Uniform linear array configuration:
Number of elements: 48
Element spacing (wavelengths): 1
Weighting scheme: exponential
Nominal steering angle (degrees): -60
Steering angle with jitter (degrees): -58.0
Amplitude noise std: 0.05
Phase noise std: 0.05

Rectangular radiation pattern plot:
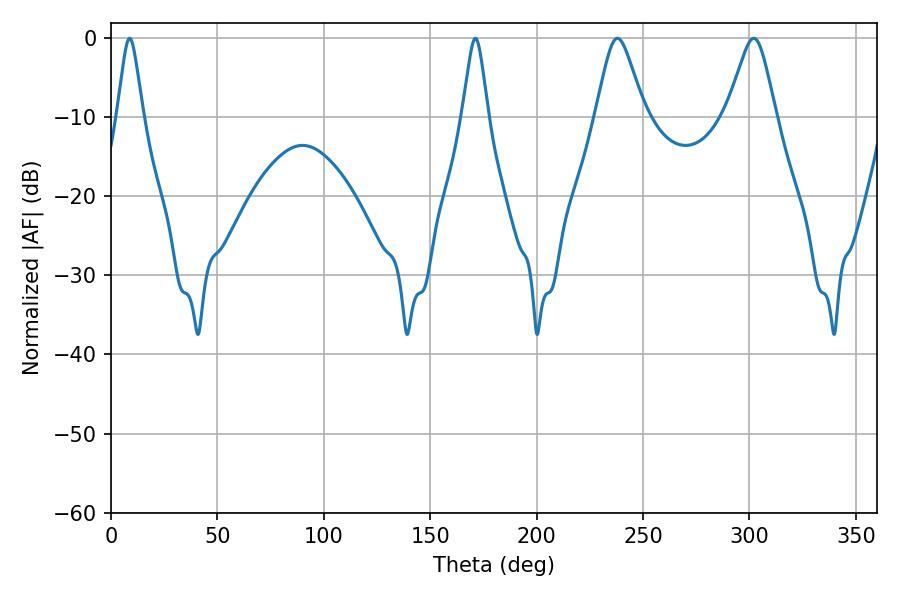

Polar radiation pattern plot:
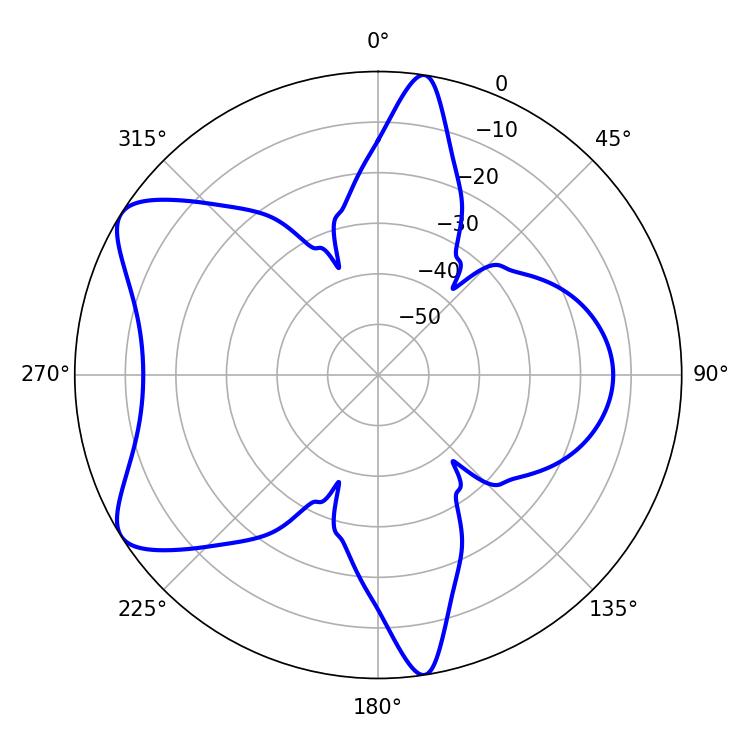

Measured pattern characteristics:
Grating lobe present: TRUE
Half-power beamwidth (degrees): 10.98
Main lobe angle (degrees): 237.96